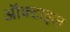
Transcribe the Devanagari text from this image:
ऑक्टाइल